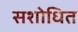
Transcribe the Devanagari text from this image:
सशोधित